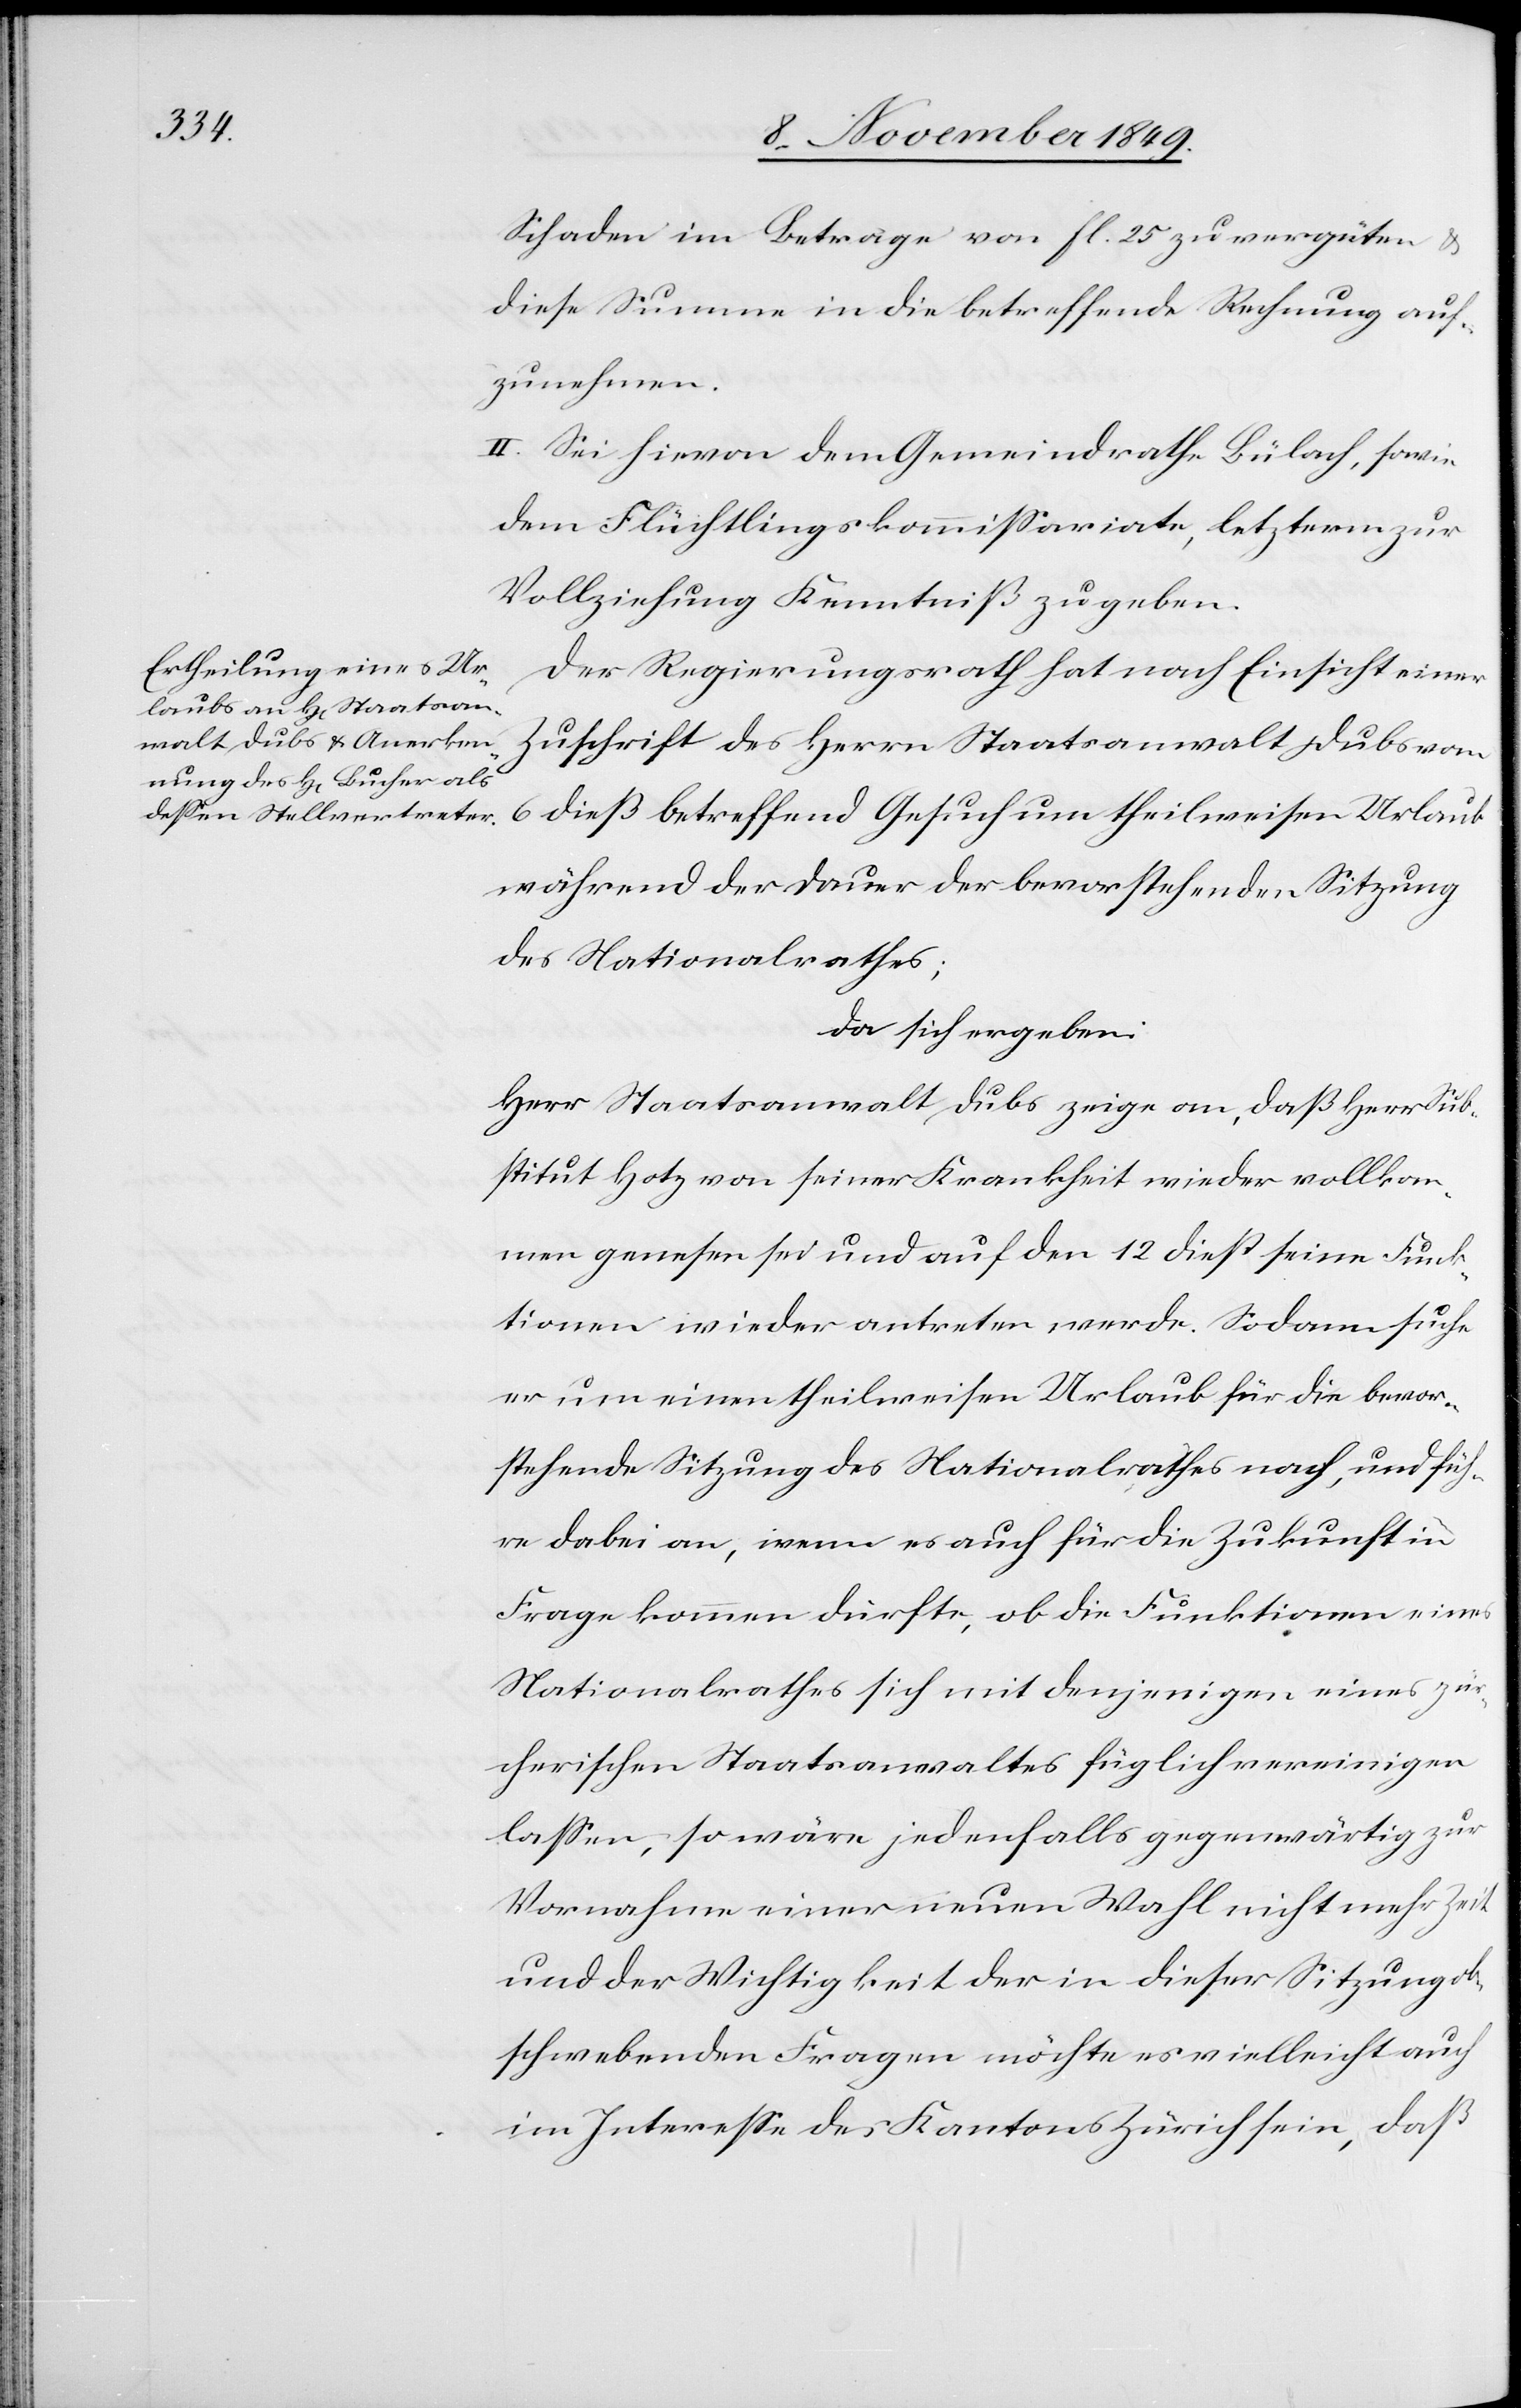
Schaden im Betrage von fl. 25 zu vergüten u.
diese Summen in die betreffende Rechnung auf¬
zunehmen.
II. Sei hievon dem Gemeindrathe Bülach, sowie
dem Flüchtlingskommißariate, letzterm zur
Vollziehung Kenntniß zu geben.
Der Regierungsrath hat nach Einsicht einer
Zuschrift des Herrn Staatsanwalt Dubs vom
6 dieß betreffend Gesuch um theilweisen Urlaub
während der Dauer der bevorstehenden Sitzung
des Nationalrathes;
da sich ergeben:
Herr Staatsanwalt Dubs zeige an, daß Herr Sub¬
stitut Hotz von seiner Krankheit wieder vollkom¬
men genesen sei und auf den 12 dieß seine Funk¬
tionen wieder antreten werde. Sodann suche
er um einen theilweisen Urlaub für die bevor¬
stehende Sitzung des Nationalrathes nach, und füh¬
re dabei an, wenn es auch für die Zukunft in
Frage kommen dürfte, ob die Funktionen eines
Nationalrathes sich mit denjenigen eines zür¬
cherischen Staatsanwaltes füglich vereinigen
laßen, so wäre jedenfalls gegenwärtig zur
Vornahme einer neuen Wahl nicht mehr Zeit
und der Wichtigkeit der in dieser Sitzung ob¬
schwebenden Fragen möchte es vielleicht auch
im Intereße des Kantons Zürich sein, daß